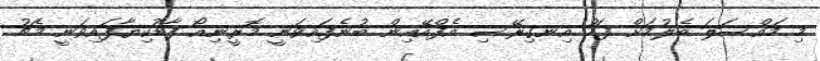
މި މައްސަލަ ބެލުމަށް ފަހު އިނގިރޭސި އެފްއޭއިން ބުނެފައިވަނީ މޮރީނިއޯ ފާޑުކިޔާފައިވަނީ މެޗު